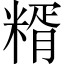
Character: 糈